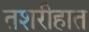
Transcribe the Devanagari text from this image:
तशरीहात